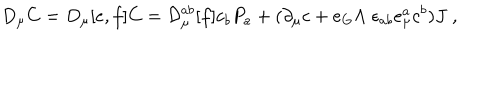
LaTeX: D _ { \mu } C = D _ { \mu } [ e , f ] C = { \cal D } _ { \mu } ^ { a b } [ f ] c _ { b } P _ { a } + ( \partial _ { \mu } c + e _ { G } \Lambda \; \epsilon _ { a b } e _ { \mu } ^ { a } c ^ { b } ) J \; ,